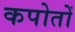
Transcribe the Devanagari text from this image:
कपोतों